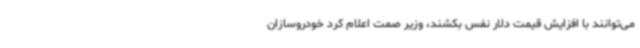
می‌توانند با افزایش قیمت دلار نفس بکشند، وزیر صمت اعلام کرد خودروسازان